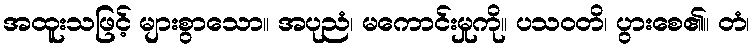
အထူးသဖြင့် များစွာသော။ အပုညံ၊ မကောင်းမှုကို။ ပသဝတိ၊ ပွားစေ၏။ တံ၊